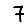
Digit: 7